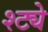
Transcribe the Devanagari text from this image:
श्ट्ये